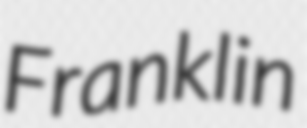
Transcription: Franklin